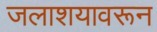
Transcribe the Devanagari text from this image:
जलाशयावरून